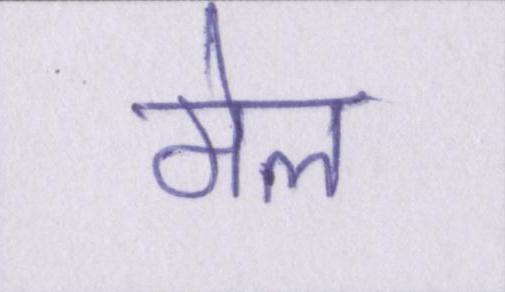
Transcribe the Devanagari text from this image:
मेल